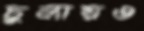
চুলায়ও